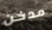
مدخن